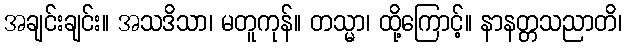
အချင်းချင်း။ အသဒိသာ၊ မတူကုန်။ တသ္မာ၊ ထို့ကြောင့်။ နာနတ္တသညာတိ၊